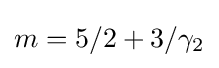
{\textstyle m=5/2+3/\gamma _{2}}